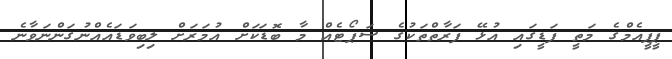
ޕީޕީއެމްގެ މަތީ ފަޑީގައި އުޅޭ ފަރާތްތަކުގެ ސަޕޯޓެއް މާ ބޮޑަކަށް އުމަރަށް ލިބިވަޑައެއްނުގަންނަވާނެ